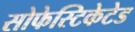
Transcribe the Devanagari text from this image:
सोफेस्टिकेटेड